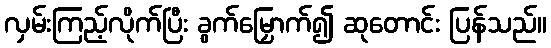
လှမ်းကြည့်လိုက်ပြီး ခွက်မြှောက်၍ ဆုတောင်း ပြန်သည်။